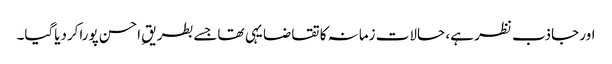
اور جاذب نظر ہے، حالات زمانہ کا تقاضا یہی تھاجسے بطریقِ احسن پوراکردیاگیا۔